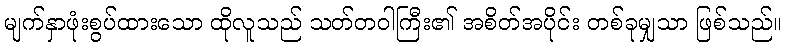
မျက်နှာဖုံးစွပ်ထားသော ထိုလူသည် သတ်တဝါကြီး၏ အစိတ်အပိုင်း တစ်ခုမျှသာ ဖြစ်သည်။